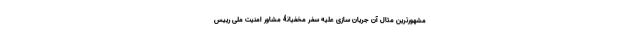
مشهورترین مثال آن جریان سازی علیه سفر مخفیانۀ مشاور امنیت ملی رییس